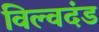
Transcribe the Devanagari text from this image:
विल्वदंड